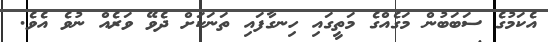
އެކަމުގެ ސަބަބުން މަގެއްގެ މަތީގައި ހިނގާފައި ތަނަކަށް ދެވޭ ވަރެއް ނުވެ އެވެ.